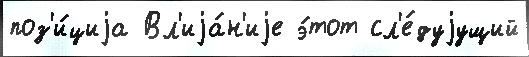
поз'и́циjа Вл'иjа́н'иjе э́тот сл'е́дуjущий